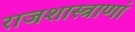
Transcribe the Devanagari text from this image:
राजशास्त्राणां